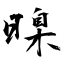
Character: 暞